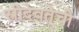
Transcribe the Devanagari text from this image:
स्त्रीदेवतेची